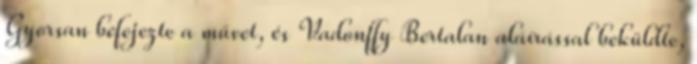
Gyorsan befejezte a művet, és Vadonffy Bertalan aláírással beküldte,